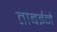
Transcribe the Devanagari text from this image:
ताबईने